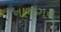
નાયગન